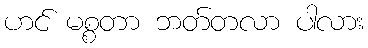
ဟင် မစ္စတာ ဘတ်တလာ ပါလား